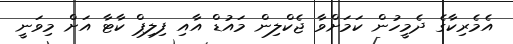
އެމެރިކާގެ ދެމީހުން ކަމަށްވާ ޖެކްލިން މައުޑް އާއި ފިލިޕް ކާޓާ އަށް މިވަނީ